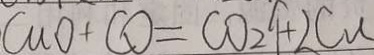
C u O + C O = C O _ { 2 } \uparrow + 2 C u